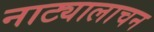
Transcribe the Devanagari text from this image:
नाट्यालाचन